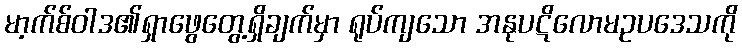
မာ့က်စ်ဝါဒ၏ရှာဖွေတွေ့ရှိချက်မှာ ရုပ်ကျသော အနုပဋိလောမဥပဒေသကို